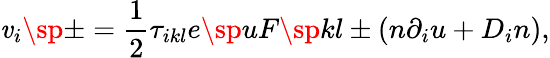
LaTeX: \mathit{v}_{i}\sp\pm=\frac{{1}}{{2}}\tau_{ikl}e\sp{u}F\sp{kl}\pm(n\partial_{i}u+D_{i}n),